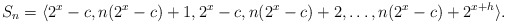
\begin{align*}S_n = \langle 2^x-c,n(2^x-c)+1, 2^x-c,n(2^x-c)+2, \ldots,n(2^x-c)+2^{x+h}\rangle.\end{align*}